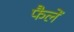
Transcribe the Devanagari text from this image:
फैलें